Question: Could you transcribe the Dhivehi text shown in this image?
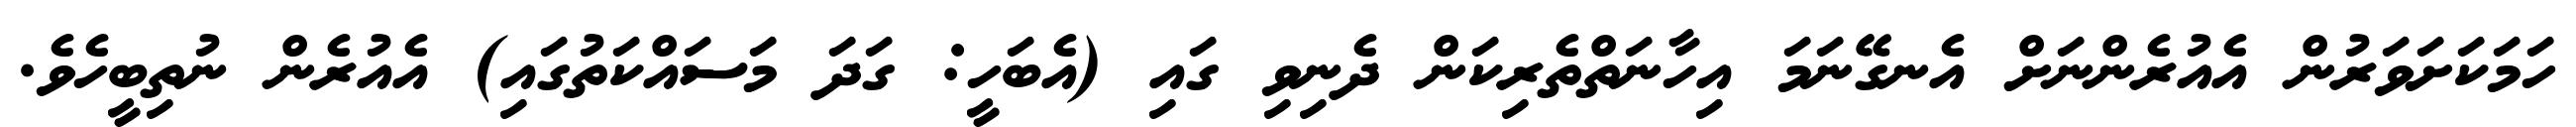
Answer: ހަމަކަށަވަރުން އެއުރެންނަށް އެނގޭނަމަ އިހާނަތްތެރިކަން ދެނިވި ގައި (އެބަހީ: ގަދަ މަސައްކަތުގައި) އެއުރެން ނުތިބީހެވެ.